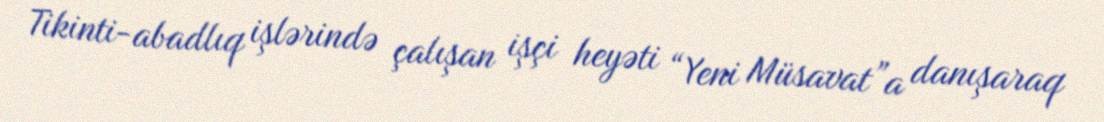
Tikinti-abadlıq işlərində çalışan işçi heyəti “Yeni Müsavat”a danışaraq